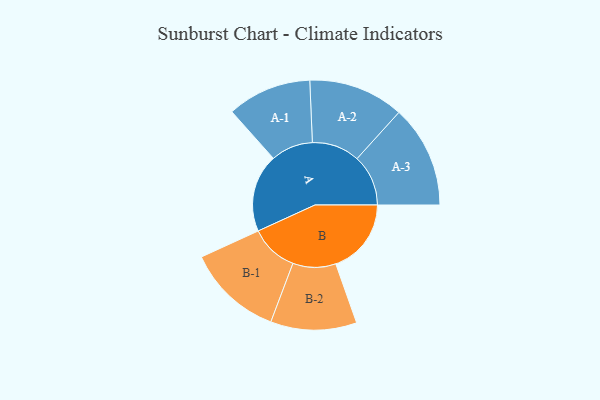
{"axis": {"x": "Segment", "y": "Value"}, "legend": ["", "A", "B"], "data": [{"x": "A", "y": 446, "type": ""}, {"x": "B", "y": 432, "type": ""}, {"x": "A-1", "y": 241, "type": "A"}, {"x": "A-2", "y": 273, "type": "A"}, {"x": "A-3", "y": 293, "type": "A"}, {"x": "B-1", "y": 274, "type": "B"}, {"x": "B-2", "y": 246, "type": "B"}]}